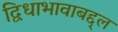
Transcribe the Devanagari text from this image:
द्विधाभावाबद्द्ल